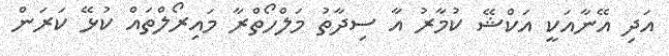
އަދި އޭނާއަކީ އަކްޝޭ ކުމާރު އާ ސިދާތު މަލްހޯތްރާ މައިރޯލްތައް ކުޅޭ ކަރަން